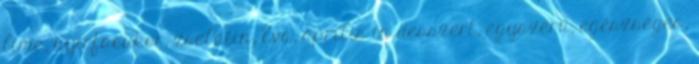
lime, nyírfacukor, zselatin, Éva, április in desszert, egyszerű, egészséges,